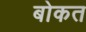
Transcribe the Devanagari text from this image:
बोकत